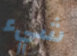
شيء